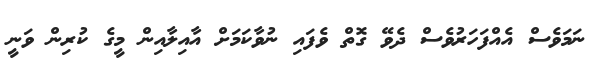
ނަމަވެސް އެއްފަހަރުވެސް ދެވޭ ގޮތް ވެފައި ނުވާކަމަށް އާއިލާއިން މީގެ ކުރިން ވަނީ